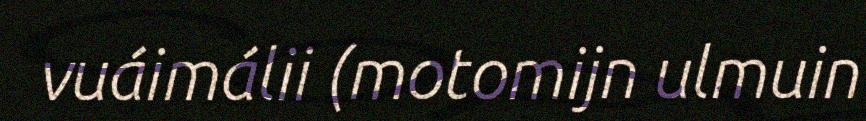
vuáimálii (motomijn ulmuin